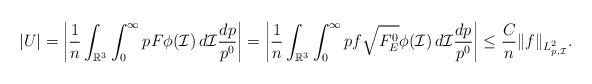
LaTeX: \begin{align*} |U| &=\left| \frac{1}{n}\int_{\mathbb{R}^3}\int_0^\infty p F\phi(\mathcal{I})\,d\mathcal{I}\frac{dp}{p^0}\right| =\left| \frac{1}{n}\int_{\mathbb{R}^3}\int_0^\infty p f\sqrt{F_E^0}\phi(\mathcal{I})\,d\mathcal{I}\frac{dp}{p^0}\right|\le \frac{C}{n}\|f\|_{L^2_{p,\mathcal{I}}} . \end{align*}